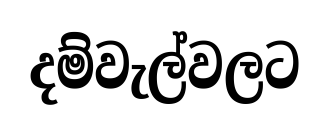
දම්වැල්වලට